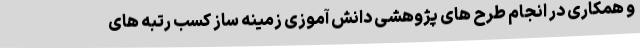
و همکاری در انجام طرح های پژوهشی دانش آموزی زمینه ساز کسب رتبه های